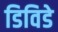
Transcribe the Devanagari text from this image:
डिविडे